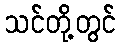
သင်တို့တွင်